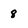
Character: 8